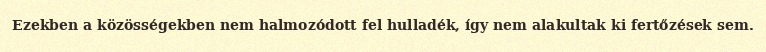
Ezekben a közösségekben nem halmozódott fel hulladék, így nem alakultak ki fertőzések sem.